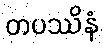
တပဿိနံ